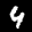
Label: 4